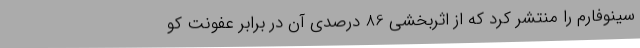
سینوفارم را منتشر کرد که از اثربخشی 86 درصدی آن در برابر عفونت کو